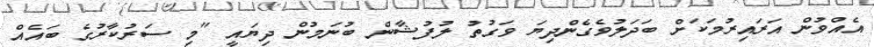
އެއްވުން އަރައިރުމަކަށް ބަދަލުވެގެންދިޔަ ވަގުތު ލުފުޝާން ބުނަމުން ދިޔައީ "މި ސަރުކާރުގެ ބައެއް